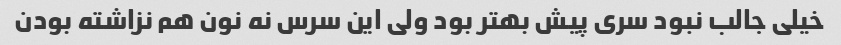
خیلی جالب نبود سری پیش بهتر بود ولی این سرس نه نون هم نزاشته بودن